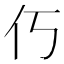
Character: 𫢆